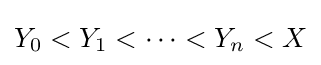
Y_{0}<Y_{1}<\cdots <Y_{n}<X